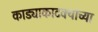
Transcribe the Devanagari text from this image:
काड्याकाटक्यांच्या